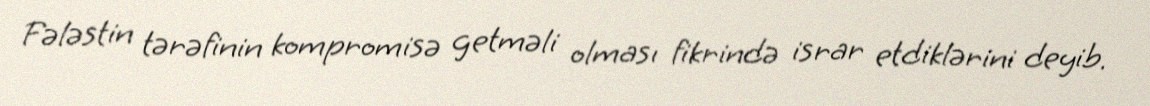
Fələstin tərəfinin kompromisə getməli olması fikrində israr etdiklərini deyib.